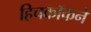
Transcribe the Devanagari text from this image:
हिचकॉकने